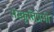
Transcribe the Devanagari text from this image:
संस्कृतिप्रेमी